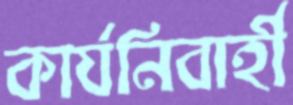
কার্যনিবার্হী